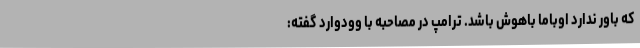
که باور ندارد اوباما باهوش باشد. ترامپ در مصاحبه با وودوارد گفته: